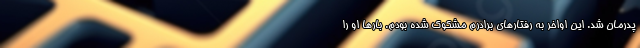
پدرمان شد. این اواخر به رفتارهای برادرم مشکوک شده بودم. بارها او را